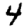
Digit: 4